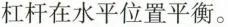
杠杆在水平位置平衡。